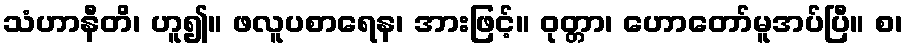
သံဟာနီတိ၊ ဟူ၍။ ဖလူပစာရေန၊ အားဖြင့်။ ဝုတ္တာ၊ ဟောတော်မူအပ်ပြီ။ စ၊